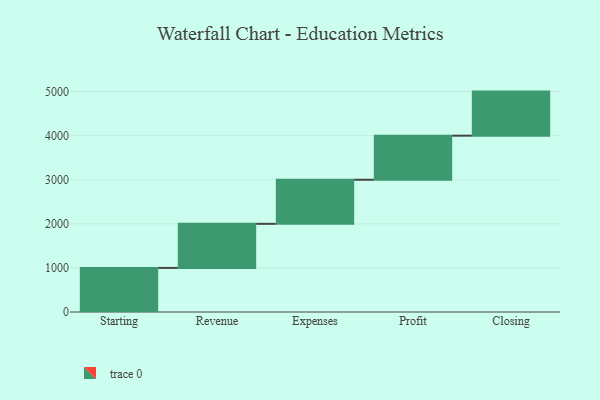
{"axis": {"x": "Step", "y": "Value"}, "legend": [""], "data": [{"x": "Starting", "y": 1000, "type": ""}, {"x": "Revenue", "y": 1000, "type": ""}, {"x": "Expenses", "y": 1000, "type": ""}, {"x": "Profit", "y": 1000, "type": ""}, {"x": "Closing", "y": 1000, "type": ""}]}